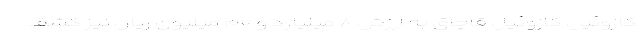
گازوئیل گازوئیل قاچاق به ارزش ۸ میلیارد و ۱۰۰ میلیون ریال نیز کشف